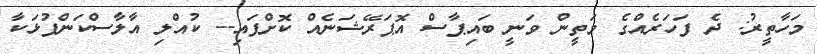
މަހާތީރު: ދެ ފަހަރެއްގެ މަތީން ވަނީ ބައިޕާސް އޮޕަރޭޝަނެއް ކޮށްފައި-- ކުއްލި އާލާސްކަންފުޅަކާ